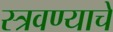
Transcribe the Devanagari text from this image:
स्त्रवण्याचे